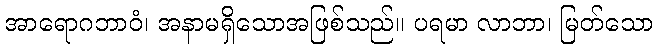
အာရောဂဘာဝံ၊ အနာမရှိသောအဖြစ်သည်။ ပရမာ လာဘာ၊ မြတ်သော